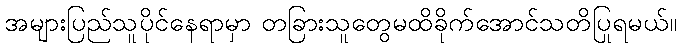
အများပြည်သူပိုင်နေရာမှာ တခြားသူတွေမထိခိုက်အောင်သတိပြုရမယ်။